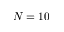
N = 1 0